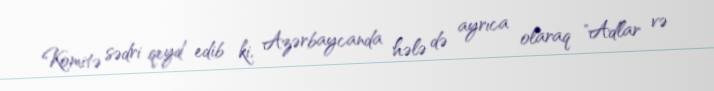
Komitə sədri qeyd edib ki, Azərbaycanda hələ də ayrıca olaraq "Adlar və